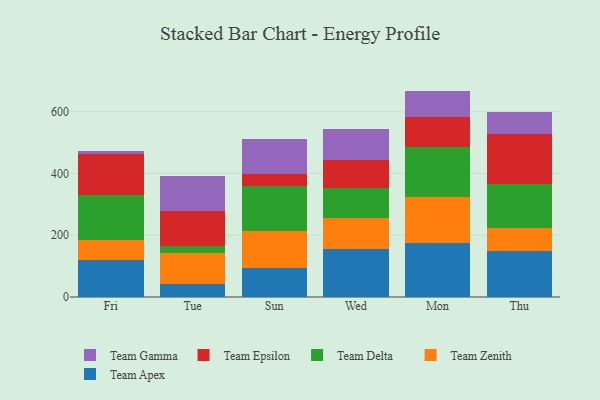
{"axis": {"x": "Day", "y": "LTV (USD)"}, "legend": ["Team Apex", "Team Delta", "Team Epsilon", "Team Gamma", "Team Zenith"], "data": [{"x": "Fri", "y": 119.1, "type": "Team Apex"}, {"x": "Fri", "y": 66.6, "type": "Team Zenith"}, {"x": "Fri", "y": 143.9, "type": "Team Delta"}, {"x": "Fri", "y": 134.7, "type": "Team Epsilon"}, {"x": "Fri", "y": 7.1, "type": "Team Gamma"}, {"x": "Tue", "y": 43.2, "type": "Team Apex"}, {"x": "Tue", "y": 99.4, "type": "Team Zenith"}, {"x": "Tue", "y": 22.5, "type": "Team Delta"}, {"x": "Tue", "y": 113.1, "type": "Team Epsilon"}, {"x": "Tue", "y": 114.4, "type": "Team Gamma"}, {"x": "Sun", "y": 95.5, "type": "Team Apex"}, {"x": "Sun", "y": 117.0, "type": "Team Zenith"}, {"x": "Sun", "y": 147.1, "type": "Team Delta"}, {"x": "Sun", "y": 39.3, "type": "Team Epsilon"}, {"x": "Sun", "y": 113.1, "type": "Team Gamma"}, {"x": "Wed", "y": 156.8, "type": "Team Apex"}, {"x": "Wed", "y": 98.6, "type": "Team Zenith"}, {"x": "Wed", "y": 97.5, "type": "Team Delta"}, {"x": "Wed", "y": 89.4, "type": "Team Epsilon"}, {"x": "Wed", "y": 102.3, "type": "Team Gamma"}, {"x": "Mon", "y": 173.4, "type": "Team Apex"}, {"x": "Mon", "y": 150.7, "type": "Team Zenith"}, {"x": "Mon", "y": 160.9, "type": "Team Delta"}, {"x": "Mon", "y": 99.3, "type": "Team Epsilon"}, {"x": "Mon", "y": 83.3, "type": "Team Gamma"}, {"x": "Thu", "y": 147.4, "type": "Team Apex"}, {"x": "Thu", "y": 76.5, "type": "Team Zenith"}, {"x": "Thu", "y": 141.0, "type": "Team Delta"}, {"x": "Thu", "y": 162.5, "type": "Team Epsilon"}, {"x": "Thu", "y": 71.2, "type": "Team Gamma"}]}